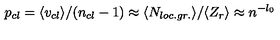
p _ { c l } = \langle v _ { c l } \rangle / ( n _ { c l } - 1 ) \approx \langle N _ { l o c . g r . } \rangle / \langle Z _ { r } \rangle \approx n ^ { - l _ { 0 } }